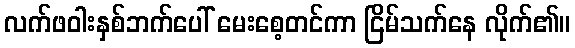
လက်ဖဝါးနှစ်ဘက်ပေါ် မေးစေ့တင်ကာ ငြိမ်သက်နေ လိုက်၏။